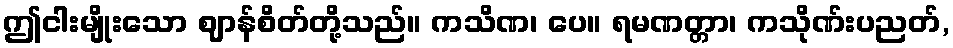
ဤငါးမျိုးသော ဈာန်စိတ်တို့သည်။ ကသိဏ၊ ပေ။ ရမဏတ္တာ၊ ကသိုဏ်းပညတ်,